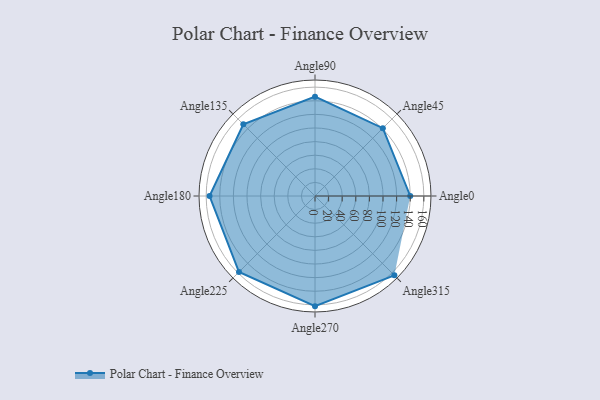
{"axis": {"x": "Angle", "y": "Radius"}, "legend": [""], "data": [{"x": "Angle0", "y": 140.0, "type": ""}, {"x": "Angle45", "y": 141.0, "type": ""}, {"x": "Angle90", "y": 146.0, "type": ""}, {"x": "Angle135", "y": 149.0, "type": ""}, {"x": "Angle180", "y": 155.0, "type": ""}, {"x": "Angle225", "y": 158.0, "type": ""}, {"x": "Angle270", "y": 162.0, "type": ""}, {"x": "Angle315", "y": 165.0, "type": ""}]}